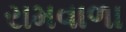
રામવાળા